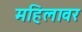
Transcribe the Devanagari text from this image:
महिलावर